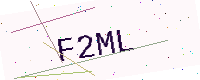
Text: F2ML